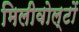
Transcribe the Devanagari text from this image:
मिलीवोल्टों